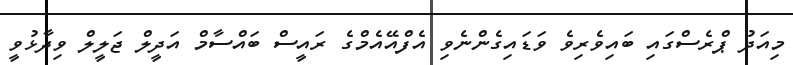
މިއަދު ޕްރެސްގައި ބައިވެރިވެ ވަޑައިގެންނެވި އެފްއޭއެމްގެ ރައީސް ބައްސާމް އަދީލް ޖަލީލް ވިދާޅުވީ